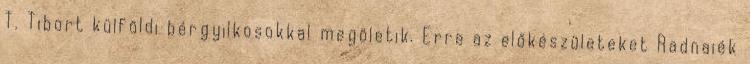
T. Tibort külföldi bérgyilkosokkal megöletik. Erre az előkészületeket Radnaiék